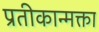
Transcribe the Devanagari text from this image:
प्रतीकान्मक्ता